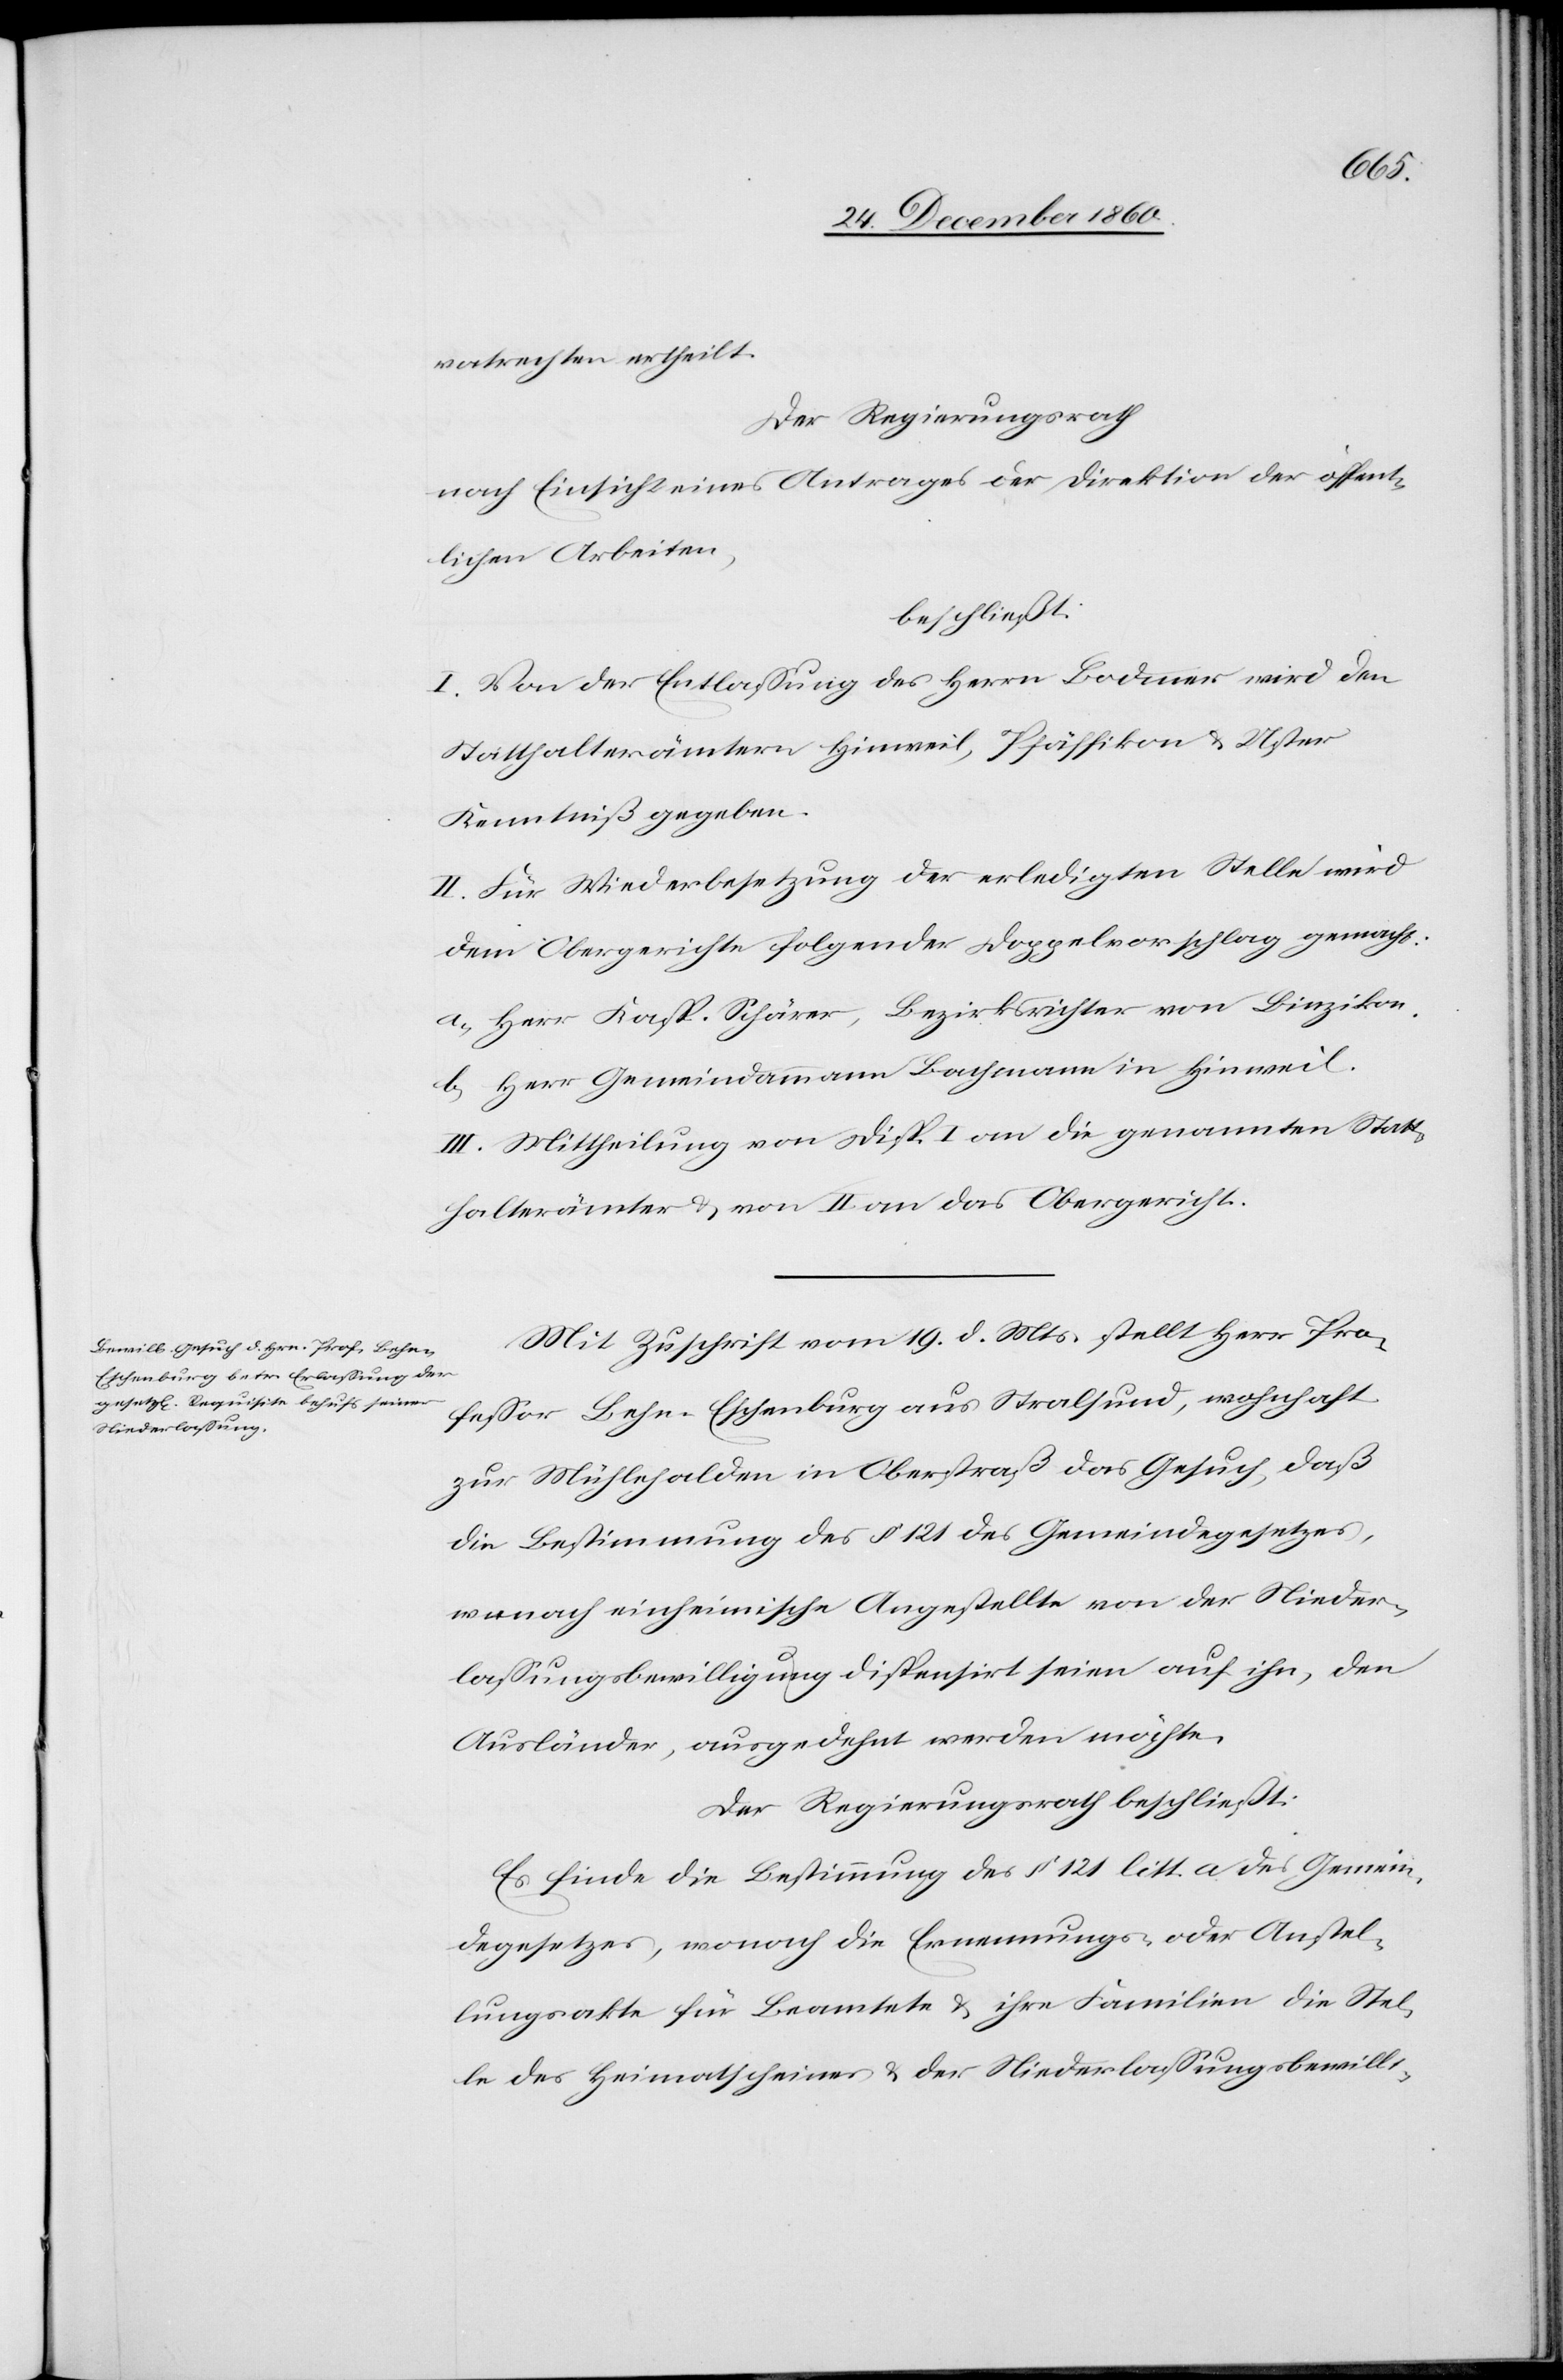
vatrechten ertheilt.
Der Regierungsrath
nach Einsicht eines Antrages der Direktion der öffent¬
lichen Arbeiten,
beschließt.
I. Von der Entlassung des Herrn Bodmer wird den
Statthalterämtern Hinweil, Pfäffikon u. Uster
Kenntniß gegeben.
II. Für Wiederbesetzung der erledigten Stelle wird
dem Obergerichte folgender Doppelvorschlag gemacht:
a. Herr Kasp. Schärer, Bezirksrichter von Binzikon.
b. Herr Gemeindammann Bachmann in Hinweil.
III. Mittheilung von Disp. I an die genannten Statt¬
halterämter u. von II an das Obergericht.
Mit Zuschrift vom 19. d. Mts. stellt Herr Pro¬
fessor Lehn-Eschenberg aus Stralsund, wohnhaft
zur Mühlehalden in Oberstraß das Gesuch, daß
die Bestimmung des § 121 des Gemeindegesetzes,
wonach einheimische Angestellte von der Nieder¬
lassungsbewilligung dispensirt seien auf ihn, den
Ausländer, ausgedehnt werden möchte.
Der Regierungsrath beschließt:
Es finde die Bestimmung des § 121 litt. a des Gemein¬
degesetzes, wonach die Ernennungs- oder Anstel¬
lungsakte für Beamtete u. ihre Familien die Stel¬
le des Heimatscheines u. der Niederlassungsbewilli-